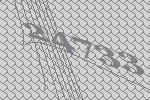
24733